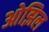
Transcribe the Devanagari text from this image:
ओझिल